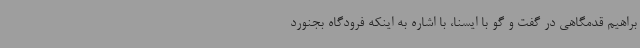
براهیم قدمگاهی در گفت و گو با ایسنا، با اشاره به اینکه فرودگاه بجنورد